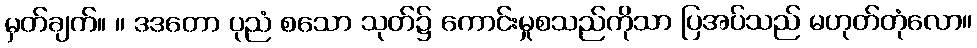
မှတ်ချက်။ ။ ဒဒတော ပုညံ စသော သုတ်၌ ကောင်းမှုစသည်ကိုသာ ပြအပ်သည် မဟုတ်တုံလော။